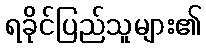
ရခိုင်ပြည်သူများ၏